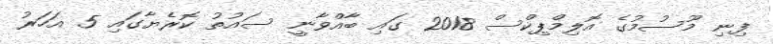
ފިނި މޫސުމުގެ އޮލިމްޕިކްސް 2018 ގައި ބާއްވާނީ ސައުތު ކޮރެޔާގައި 5 އަހަރު